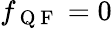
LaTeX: f_{\mathrm{~Q~F~}}=0